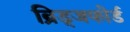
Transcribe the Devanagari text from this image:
ब्रिड्जफोर्ड